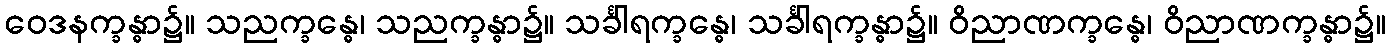
ဝေဒနက္ခန္ဓာ၌။ သညက္ခန္ဓေ၊ သညက္ခန္ဓာ၌။ သင်္ခါရက္ခန္ဓေ၊ သင်္ခါရက္ခန္ဓာ၌။ ဝိညာဏက္ခန္ဓေ၊ ဝိညာဏက္ခန္ဓာ၌။